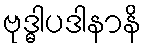
ဗုဒ္ဓါပဒါနာနိ